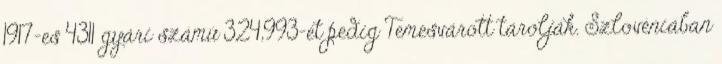
1917-es 4311 gyári számú 324,993-et pedig Temesvárott tárolják. Szlovéniában